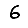
Digit: 6